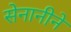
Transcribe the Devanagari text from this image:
सेनानीने